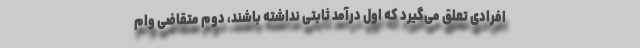
افرادی تعلق می‌گیرد که اول درآمد ثابتی نداشته باشند، دوم متقاضی وام